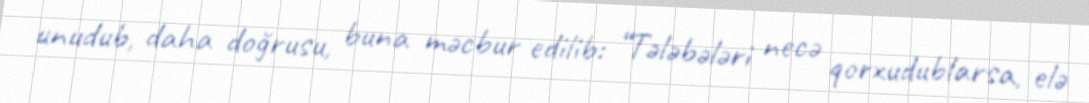
unudub, daha doğrusu, buna məcbur edilib: “Tələbələri necə qorxudublarsa, elə